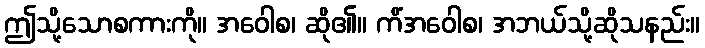
ဤသို့သောစကားကို။ အဝေါစ၊ ဆို၏။ ကိံအဝေါစ၊ အဘယ်သို့ဆိုသနည်း။